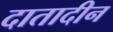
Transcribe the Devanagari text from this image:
दातादीन